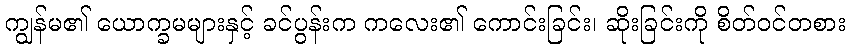
ကျွန်မ၏ ယောက္ခမများနှင့် ခင်ပွန်းက ကလေး၏ ကောင်းခြင်း၊ ဆိုးခြင်းကို စိတ်ဝင်တစား